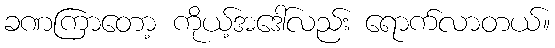
ခဏကြာတော့ ကိုယ့်အဒေါ်လည်း ရောက်လာတယ်။